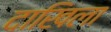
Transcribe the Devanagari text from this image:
दाखिला